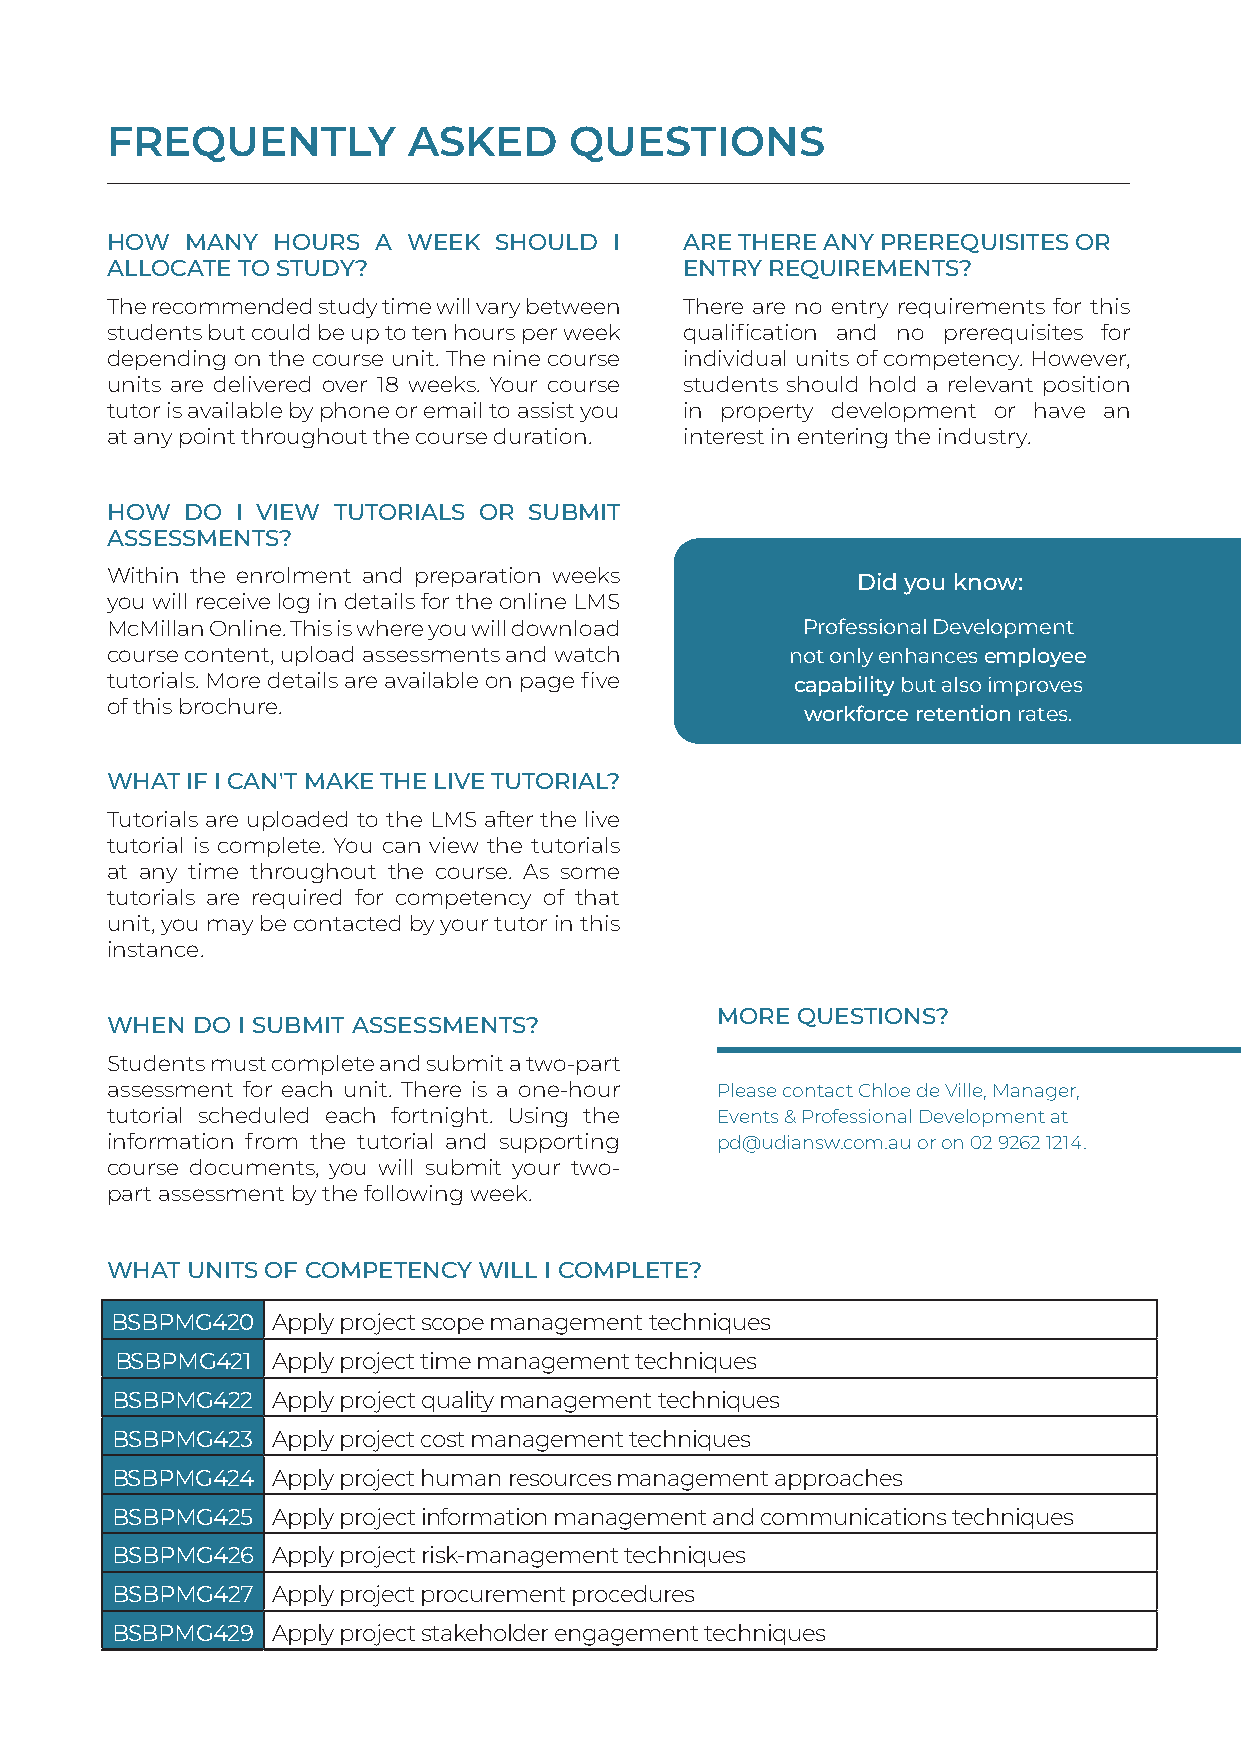
FREQUENTLY          ASKED      QUESTIONS
 HOW  MANY  HOURS  A WEEK  SHOULD  I   ARE THERE ANY PREREQUISITES OR
 ALLOCATE TO STUDY?                    ENTRY REQUIREMENTS?
 The recommended study time will vary between There are no entry requirements for this
 students but could be up to ten hours per week qualification and no prerequisites for
 depending on the course unit. The nine course individual units of competency. However,
 units are delivered over 18 weeks. Your course students should hold a relevant position
 tutor is available by phone or email to assist you in property development or have an
 at any point throughout the course duration. interest in entering the industry.
 HOW  DO  I VIEW TUTORIALS OR SUBMIT
 ASSESSMENTS?
 Within the enrolment and preparation weeks        Did you know:
 you will receive log in details for the online LMS
 McMillan Online. This is where you will download Professional Development
 course content, upload assessments and watch not only enhances employee
 tutorials. More details are available on page five capability but also improves
 of this brochure.
 workforce retention rates.
 WHAT IF I CAN'T MAKE THE LIVE TUTORIAL?
 Tutorials are uploaded to the LMS after the live
 tutorial is complete. You can view the tutorials
 at any time throughout the course. As some
 tutorials are required for competency of that
 unit, you may be contacted by your tutor in this
 instance.
 MORE  QUESTIONS?
 WHEN  DO I SUBMIT ASSESSMENTS?
 Students must complete and submit a two-part
 assessment for each unit. There is a one-hour Please contact Chloe de Ville, Manager,
 tutorial scheduled each fortnight. Using the Events & Professional Development at
 information from the tutorial and supporting pd@udiansw.com.au or on 02 9262 1214.
 course documents, you will submit your two-
 part assessment by the following week.
 WHAT UNITS OF COMPETENCY WILL I COMPLETE?
 BSBPMG420  Apply project scope management techniques
 BSBPMG421 Apply project time management techniques
 BSBPMG422  Apply project quality management techniques
 BSBPMG423  Apply project cost management techniques
 BSBPMG424  Apply project human resources management approaches
 BSBPMG425  Apply project information management and communications techniques
 BSBPMG426  Apply project risk-management techniques
 BSBPMG427  Apply project procurement procedures
 BSBPMG429  Apply project stakeholder engagement techniques